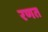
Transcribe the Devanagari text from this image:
रणत